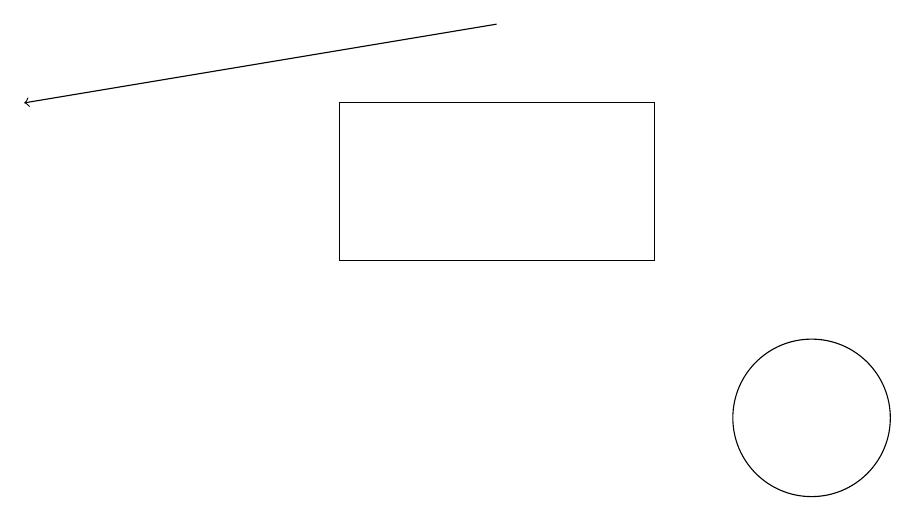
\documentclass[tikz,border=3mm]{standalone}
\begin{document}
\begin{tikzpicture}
\draw[->] (6,17) -- (0,16);
\draw (10,12) circle (1);
\draw (4,14) rectangle (8,16);
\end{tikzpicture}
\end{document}